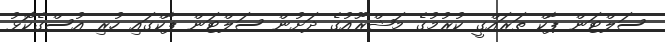
ސަލްޓަން ޕާކް ތަރައްގީ ކުރުމުގެ މަޝްރޫއުގެ ދަށުން ސަލްޓަން ޕާކްގައި ހުރި އުސްގެކޮޅު